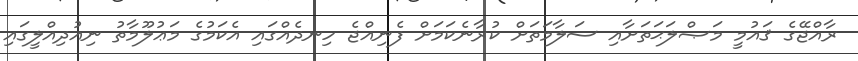
ރާއްޖޭގެ ޤައުމީ މަޞްލަޙަތަށާއި ސަލާމަތަށް ކުރާނެކަމަށް ފެނިއްޖެ ހިނދެއްގައި އެކަމުގެ މަޢުލޫމާތު ނިއުދިއްލީގައި